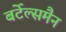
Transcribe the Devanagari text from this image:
बर्टेल्समैन